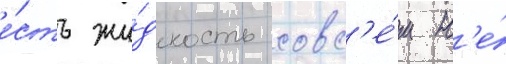
е́сть жи́дкость совс'е́м н'е́